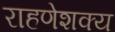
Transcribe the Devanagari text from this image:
राहणेशक्य